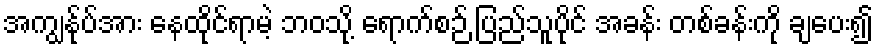
အကျွန်ုပ်အား နေထိုင်ရာမဲ့ ဘဝသို့ ရောက်စဉ် ပြည်သူပိုင် အခန်း တစ်ခန်းကို ချပေး၍